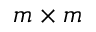
m \times m